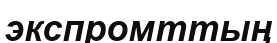
экспромттың